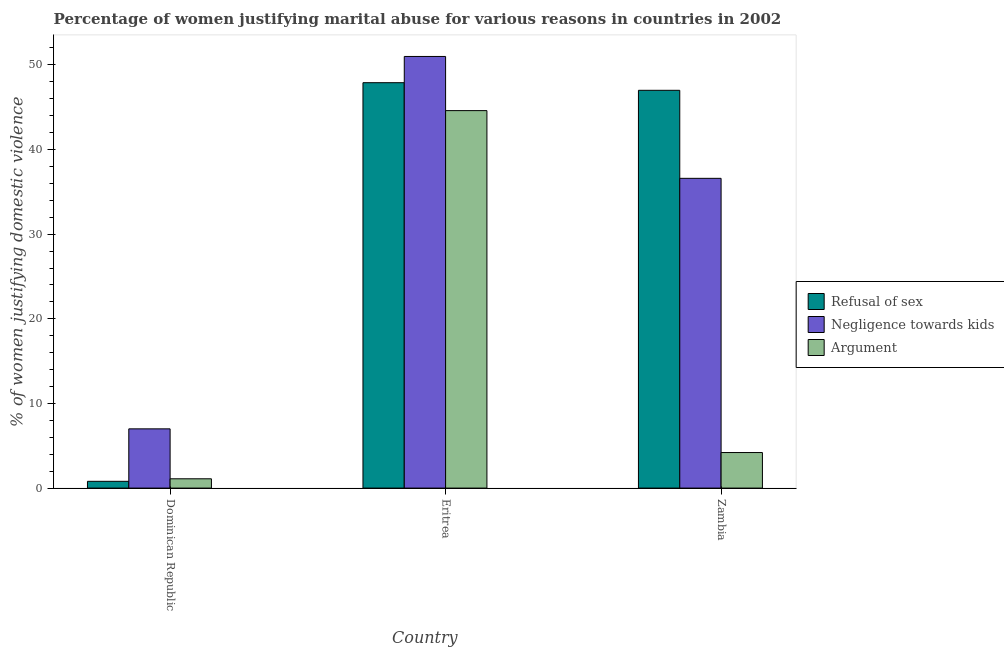
| Country | Refusal of sex | Negligence towards kids | Argument |
 | --- | --- | --- | --- |
 | Dominican Republic | 0.8 | 7 | 1.1 |
 | Eritrea | 47.9 | 51 | 44.6 |
 | Zambia | 47 | 36.6 | 4.2 |